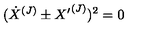
( { \dot { X } } ^ { ( J ) } \pm { X ^ { \prime } } ^ { ( J ) } ) ^ { 2 } = 0